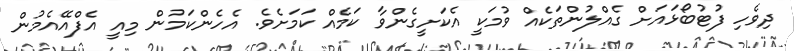
ދިވެހި ފުޓުބޯޅައަށް ގެއްލުންތަކެއް ވުމަކީ އެކަށީގެންވާ ކަމެއް ކަމަށެވެ. އެހެންކަމުން މިއީ އެފްއޭއެމުން